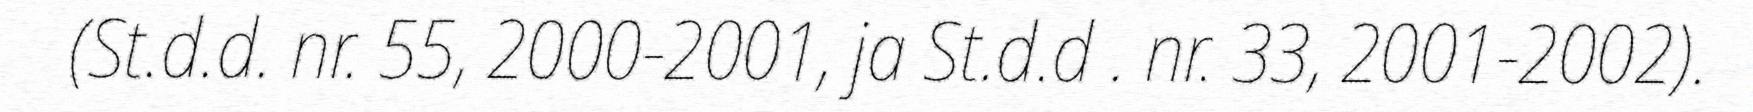
(St.d.d. nr. 55, 2000-2001, ja St.d.d . nr. 33, 2001-2002).